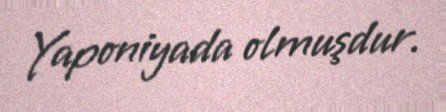
Yaponiyada olmuşdur.